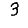
Digit: 3